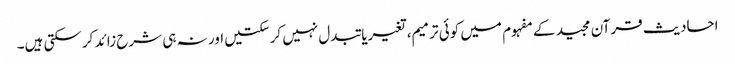
احادیث قرآن مجید کے مفہوم میں کوئی ترمیم، تغیریا تبدل نہیں کرسکتیں اور نہ ہی شرح زائد کرسکتی ہیں۔